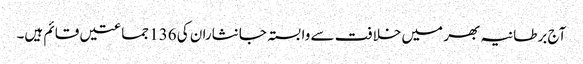
آج برطانیہ بھر میں خلافت سے وابستہ جانثاران کی 136 جماعتیں قائم ہیں۔